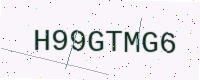
Text: H99GTMG6